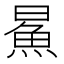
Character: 𬵅